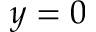
y = 0